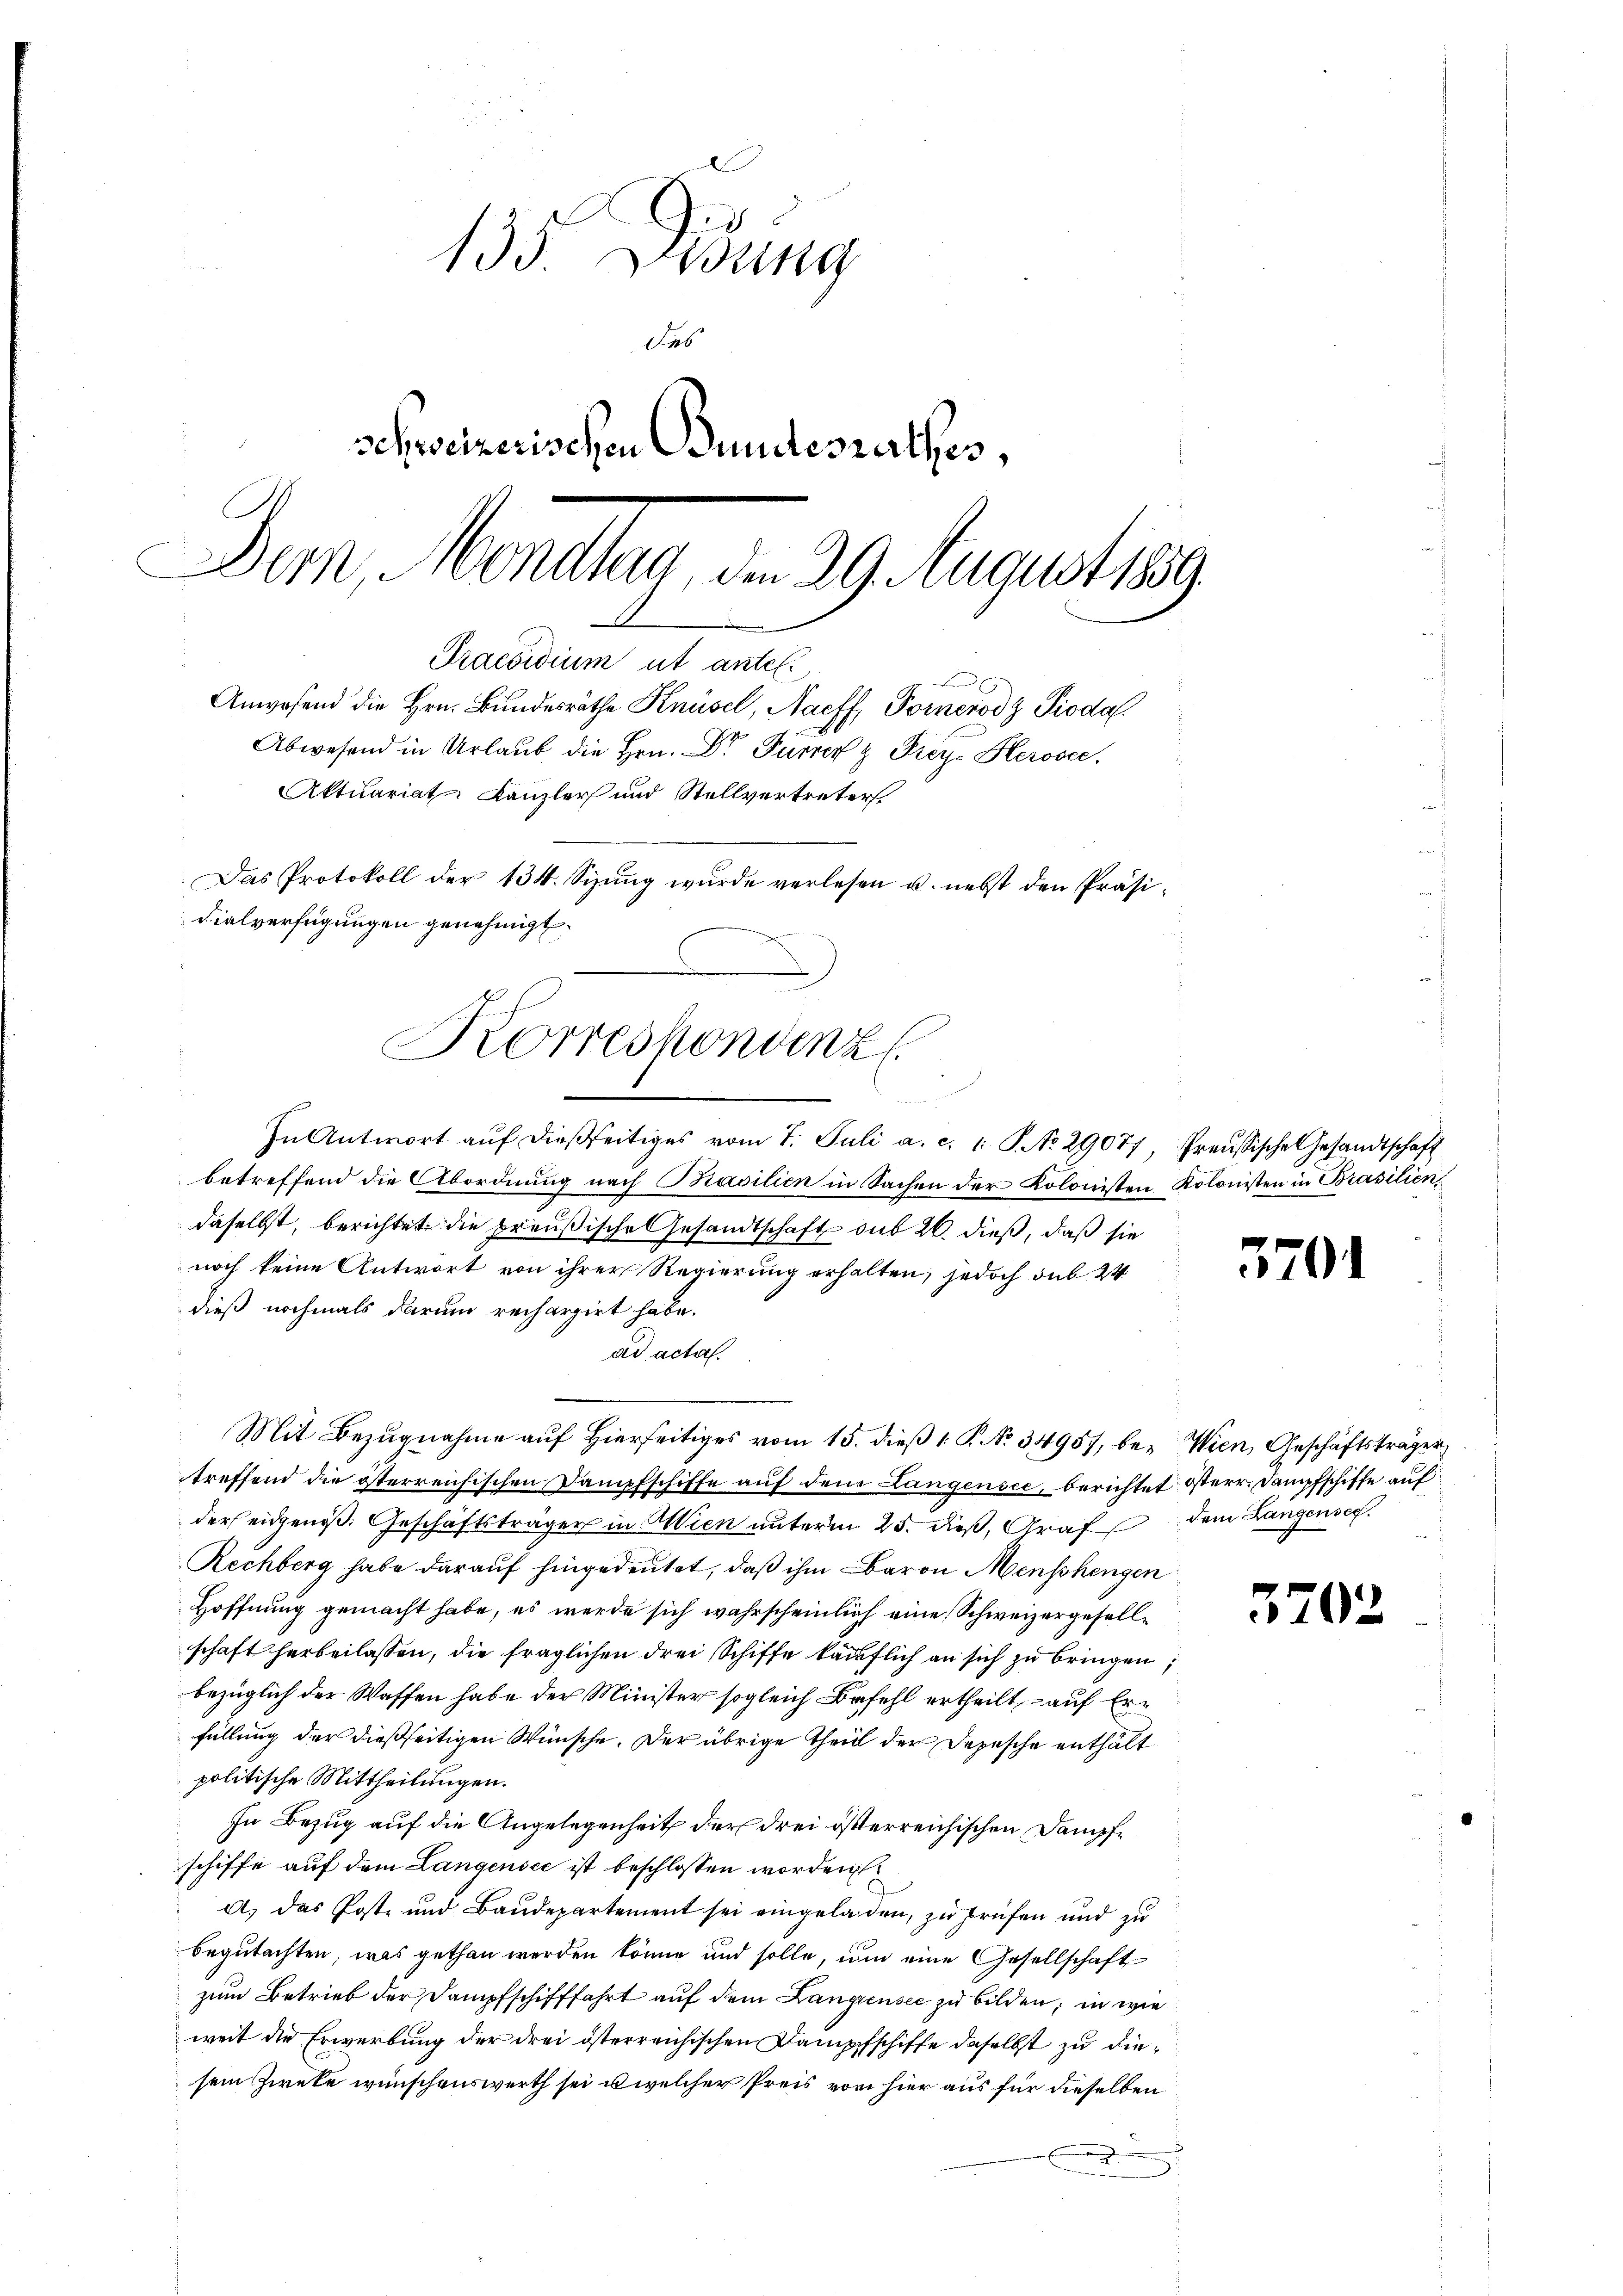
Korreskonvenz
2

135 Didung
Ses
schweizerischen Bundesrathes,
Der, Mondlag, den 29. August 1859.
Praesidium ut antel.
Anwesend die Hrn. Bundesräthe Knüsel, Naeff, Fornerodz Pioda.
Abwesend in Urlaŭb die Hrn. Dr Furrer & Frey. Herosee,
Aktuariat Kanzler und Stellvertreter
Das Protokoll der 134. Sizŭng wurde verlesen u. nebst den Präsidialverfügungen genehmigt.

In Antwort auf dießseitiges vom 7. Juli a. c. 1 S. No. 29077, Preußische Gesandtschaft
betreffend die Abordnung nach Basilien in Sachen der Kolonisten Kolonisten in Brasilien,
daselbst, berichtet die preußische Gesandtschaft sub 20. dieß, daß sie
noch keine Antwort von ihrer Regierung erhalten, jedoch sub 24
dieß nochmals darum rechargirt habe.
ad acta.
Mit Bezugnahme auf Hierseitiges vom 15. dieß 1. P. No. 34957, bey Wien, Geschäftsträger
treffend die österreichischen Dampfschiffe auf dem Langensee, berichtet isterr. Dampfschiffe auf
der eidgenoß. Geschäftsträger in Wien unterm 25. dieß, Graf
Rechberg habe darauf hingedeutet, daß ihm Baron Menschengen
Hoffnung gemacht habe, es werde sich wahrscheinlich eine Schweizergesellschaft herbeilassen, die fraglichen drei Schiffe käuflich an sich zu bringen
bezüglich der Waffen habe der Minister sogleich Befehl ertheilt, – auf Erfüllung der dießseitigen Wünsche. Der übrige Theill der Depesche enthält
politische Mittheilungen.
In Bezug auf die Angelegenheit der drei österreichischen Dampfe
schiffe auf dem Langensee ist beschlossen worden
A. das Post und Baudepartement sei eingeladen, zu prüfen und zu
begutachten, was gethan werden könne und solle, um eine Gesellschaft
zum Betrieb der Dampfschifffahrt auf dem Langensee zu bilden, in wie
weit die Erwerbung der drei österreichischen Kampfschiffe daselbst zu diesein Zweke wünschenswerth sei u welcher Preis von hier aus für dieselben

3701

dem Langensee.

3702